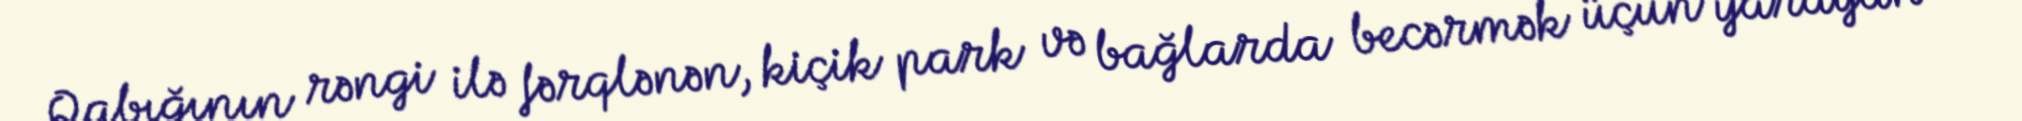
Qabığının rəngi ilə fərqlənən, kiçik park və bağlarda becərmək üçün yarayan